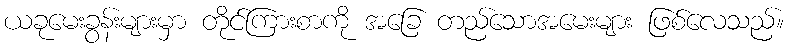
ယခုမေးခွန်းများမှာ တိုင်ကြားစာကို အခြေ တည်သောအမေးများ ဖြစ်လေသည်။